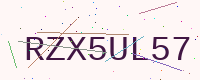
Text: RZX5UL57